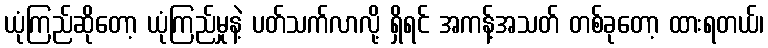
ယုံကြည်ဆိုတော့ ယုံကြည်မှုနဲ့ ပတ်သက်လာလို့ ရှိရင် အကန့်အသတ် တစ်ခုတော့ ထားရတယ်၊